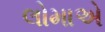
લોમાએ